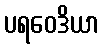
ပရဝေဒိယာ